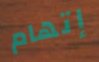
إتهام